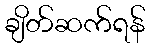
ချိတ်ဆက်ရန်